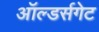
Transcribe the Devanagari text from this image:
ऑल्डर्सगेट